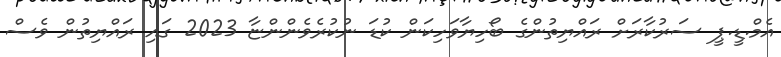
އެމް.ޑީ.ޕީ ސަރުކާރަށް ރައްޔިތުންގެ ބޯހިޔާވަހިކަން ކުޑަ ނުކުރެވެންންޏާ 2023 ގައި ރައްޔިތުން ވެސް